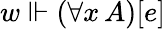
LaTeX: w\Vdash(\forall x\, A)[e]